Report by Surgeon-Major Lyons, I.M.S., President of the Plague Research Committee - Part I
Disease focus: Plague
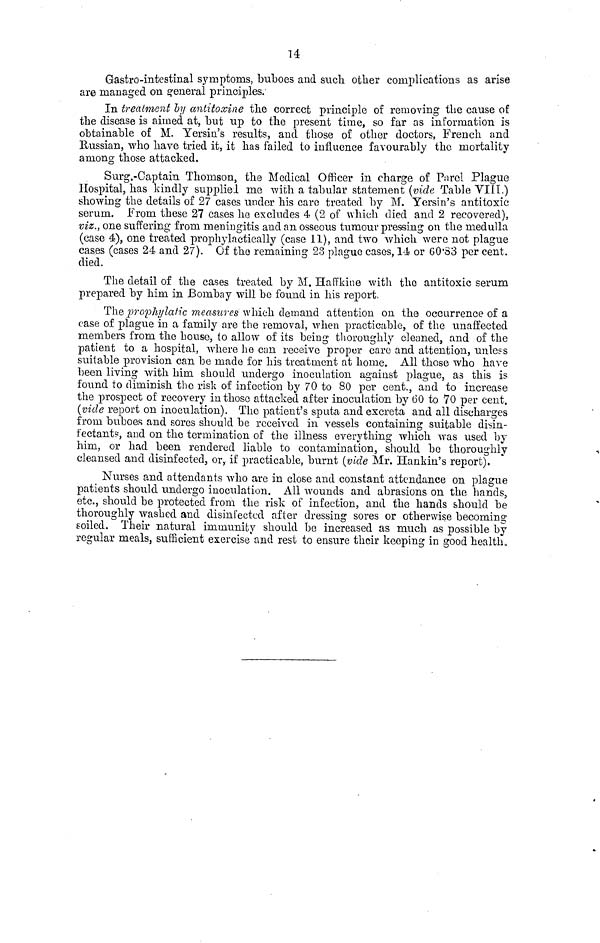
14
Gastro-intestinal symptoms, buboes and such other complications as arise
are managed on general principles.
In treatment by antitoxine the correct principle of removing the cause of
the disease is aimed at, but up to the present time, so far as information is
obtainable of M. Yersin's results, and those of other doctors, French and
Russian, who have tried it, it has failed to influence favourably the mortality
among those attacked.
Surg.-Captain Thomson, the Medical Officer in charge of Parel Plague
Hospital, has kindly supplied me with a tabular statement (vide Table VIII.)
showing the details of 27 cases under his caro treated by M. Yersin's antitoxic
serum. From these 27 cases ho excludes 4 (2 of which died and 2 recovered),
viz., one suffering from meningitis and an osseous tumour pressing on the medulla
(case 4), one treated prophylactically (case 11), and two which were not plague
cases (cases 24 and 27). Of the remaining 23 plague cases, 14 or 60.33 per cent.
died.
The detail of the cases treated by M. Haffkine with the antitoxic serum
prepared by him in Bombay will be found in his report.
The prophylatic measures which demand attention on the occurrence of a
case of plague in a family are the removal, when practicable, of the unaffected
members from the bouse, to allow of its being thoroughly cleaned, and of the
patient to a hospital, where he can receive proper care and attention, unless
suitable provision can be made for his treatment at home. All those who have
been living with him should undergo inoculation against league, as this is
found to diminish the risk of infection by 70 to 80 per cent., and to increase
the prospect of recovery in those attacked after inoculation by 60 to 70 per cent.
(vide report on inoculation). The patient's sputa and excreta and all discharges
from buboes and sores should be received in vessels containing suitable disin-
fectants, and on the termination of the illness everything which was used by
him, or had been rendered liable to contamination, should be thoroughly
cleansed and disinfected, or, if practicable, burnt (vide Mr. Hankin's report).
Nurses and attendants who are in close and constant attendance on plague
patients should undergo inoculation. All wounds and abrasions on the hands,
etc., should be protected from the risk of infection, and the hands should be
thoroughly washed and disinfected after dressing sores or otherwise becoming
soiled. Their natural immunity should bo increased as much as possible by
regular meals, sufficient exercise and rest to ensure their keeping in good health.